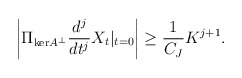
\begin{align*} \left|\Pi_{\mathrm{ker} A^\perp} \frac{d^j}{dt^j} X_t |_{t = 0}\right| \geq \frac{1}{C_J} K^{j+1}. \end{align*}